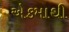
એકમાથી